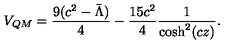
V _ { Q M } = \frac { 9 ( c ^ { 2 } - \bar { \Lambda } ) } { 4 } - \frac { 1 5 c ^ { 2 } } { 4 } \frac { 1 } { \cosh ^ { 2 } ( c z ) } .